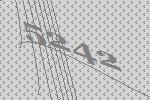
5242